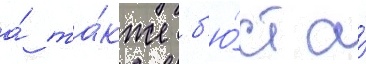
а́ та́кже б'ю́ст а́